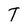
Character: T